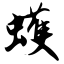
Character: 蠖